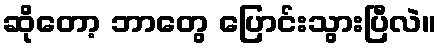
ဆိုတော့ ဘာတွေ ပြောင်းသွားပြီလဲ။